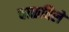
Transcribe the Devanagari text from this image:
चाळविले